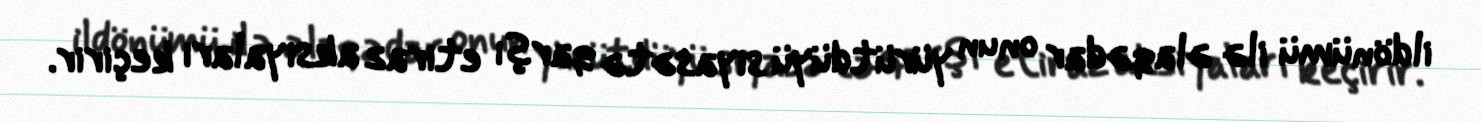
ildönümü ilə əlaqədar onun yürütdüyü siyasətə qarşı etiraz aksiyaları keçirir.